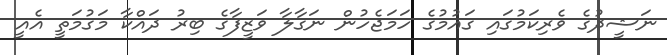
ނަޝީދުގެ ވެރިކަމުގައި ގައުމުގެ ހަމަޖެހުން ނަގާލާ ވަޒީފާގެ ބިރު ދައްކާ މަގުމަތީ އެއީ